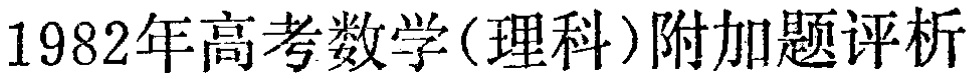
1982年高考数学(理科)附加题评析